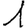
Digit: 1